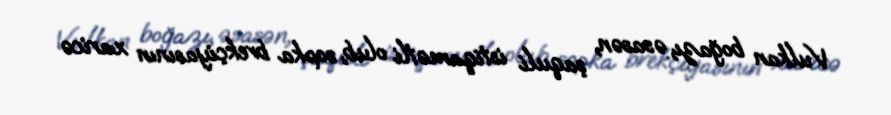
Vulkan boğazı, əsasən, şaquli istiqamətli olub, sopka brekçiyasının xaricə